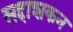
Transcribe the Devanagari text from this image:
सद्दाशकन